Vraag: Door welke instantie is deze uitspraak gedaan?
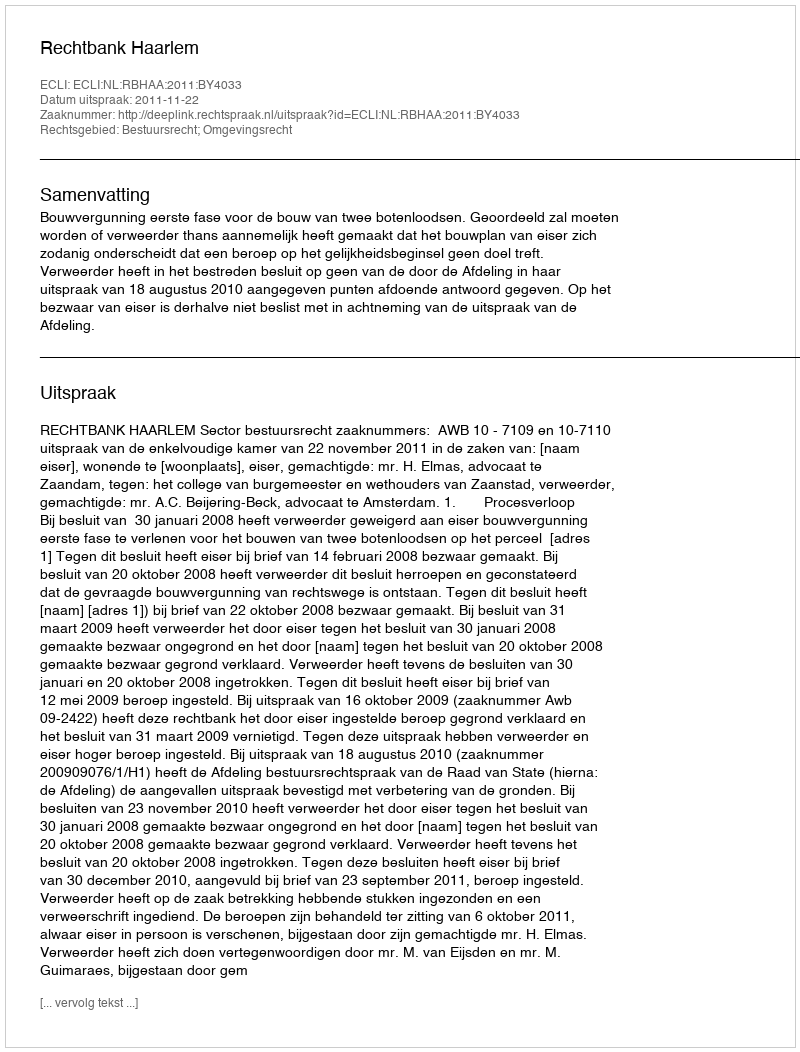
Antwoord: Rechtbank Haarlem